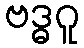
ဗဒ္ဓဂူ